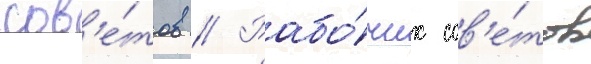
сов'е́тов // Рабо́чих сов'е́тов